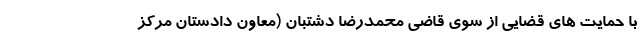
با حمایت های قضایی از سوی قاضی محمدرضا دشتبان (معاون دادستان مرکز